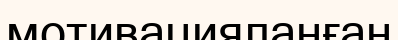
мотивацияланған